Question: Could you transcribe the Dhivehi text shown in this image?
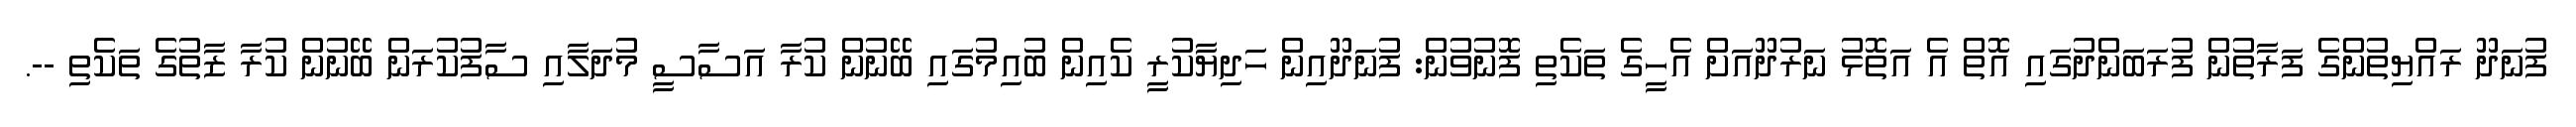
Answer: ފުނަދޫ ރައްޔިތުންގެ ފަރާތުން ފުރަބަންދުގައި އޮތް އެ އަތޮޅު ނަރުދޫއަށް އެހީގެ ތަކެތި ފޮނުވުން: ފުނަދޫއިން ހަދިޔާކުރީ ކެއިން ބުއިމުގައި ބޭނުން ކުރާ އަސާސީ މުދަލާއި ސާފުކުރަން ބޭނުން ކުރާ ޒާތުގެ ތަކެތި --.